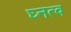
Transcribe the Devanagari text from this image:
घ्नत्व